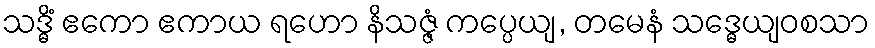
သဒ္ဓိံ ဧကော ဧကာယ ရဟော နိသဇ္ဇံ ကပ္ပေယျ, တမေနံ သဒ္ဓေယျဝစသာ